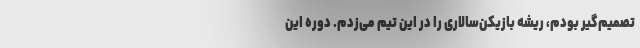
تصمیم‌گیر بودم، ریشه بازیکن‌سالاری را در این تیم می‌زدم. دوره این